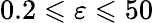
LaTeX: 0.2\leqslant\varepsilon\leqslant 50